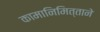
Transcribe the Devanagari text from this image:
कामानिमित्ताने